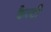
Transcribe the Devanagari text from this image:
कैल्टी